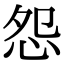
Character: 怨